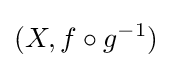
(X,f\circ g^{-1})